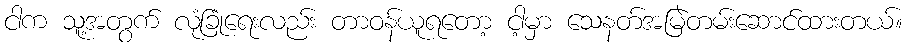
ငါက သူ့အတွက် လုံခြုံရေးလည်း တာဝန်ယူရတော့ ငါ့မှာ သေနတ်အမြဲတမ်းဆောင်ထားတယ်။